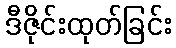
ဒီဇိုင်းထုတ်ခြင်း